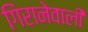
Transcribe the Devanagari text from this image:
गिरानेवाली